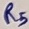
Text: R5